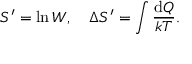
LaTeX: { S ^ { \prime } = \ln W } , \quad \Delta S ^ { \prime } = \int { \frac { \mathrm { d } Q } { k T } } .